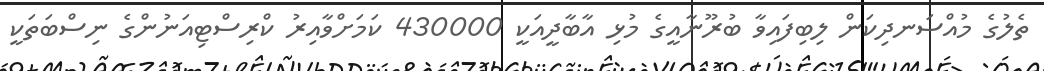
ތެލުގެ މުއްސަނދިކަން ލިބިފައިވާ ބުރޫނާއީގެ މުޅި އާބާދީއަކީ 430000 ކަމަށްވާއިރު ކްރިސްޓިއަނުންގެ ނިސްބަތަކީ